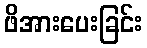
ဖိအားပေးခြင်း